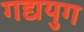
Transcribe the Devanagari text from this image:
गद्ययुग